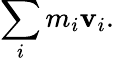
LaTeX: \sum_{i}m_{i}\mathbf{v}_{i}.